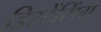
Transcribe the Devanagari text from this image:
डिस्टेंसिंग